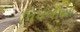
પિપળીયા